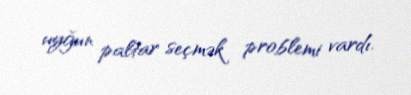
uyğun paltar seçmək problemi vardı.